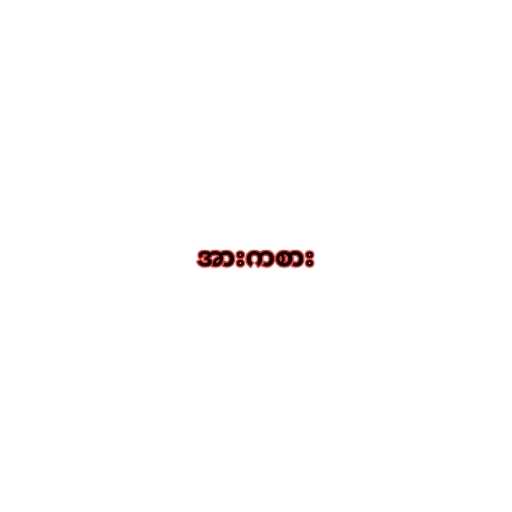
အားကစား